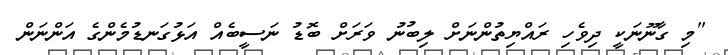
"މި ގާނޫނަކީ ދިވެހި ރައްޔިތުންނަށް ލިބުނު ވަރަށް ބޮޑު ނަސީބެއް އަޅުގަނޑުމެންގެ އަންނަން